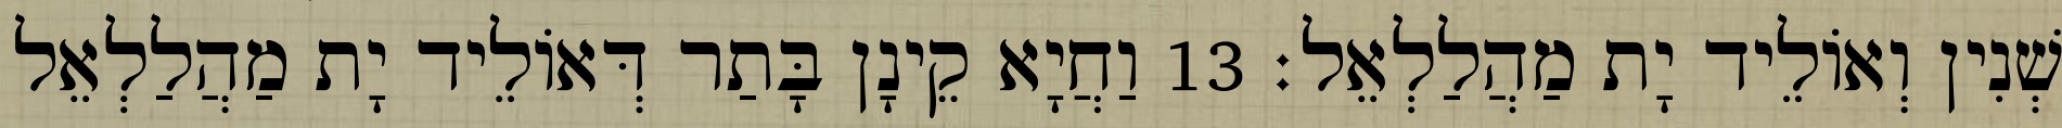
שְׁנִין וְאוֹלֵיד יָת מַהֲלַלְאֵל׃ 13 וַחֲיָא קֵינָן בָּתַר דְּאוֹלֵיד יָת מַהֲלַלְאֵל